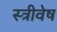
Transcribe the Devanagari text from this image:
स्त्रीवेष